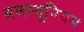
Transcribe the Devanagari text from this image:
अलम्यूनियम